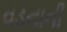
વડનાની